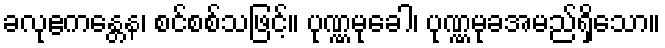
ခလုဧကန္တေန၊ စင်စစ်သဖြင့်။ ပုဏ္ဏမုခေါ၊ ပုဏ္ဏမုခအမည်ရှိသော။